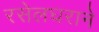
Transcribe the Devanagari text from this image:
रसेलघराने